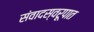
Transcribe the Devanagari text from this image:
संवादस्वरूपात